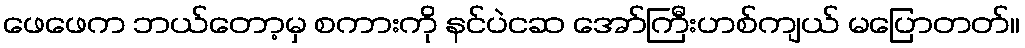
ဖေဖေက ဘယ်တော့မှ စကားကို နင်ပဲငဆ အော်ကြီးဟစ်ကျယ် မပြောတတ်။